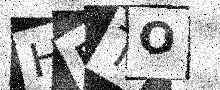
Text: HDTO